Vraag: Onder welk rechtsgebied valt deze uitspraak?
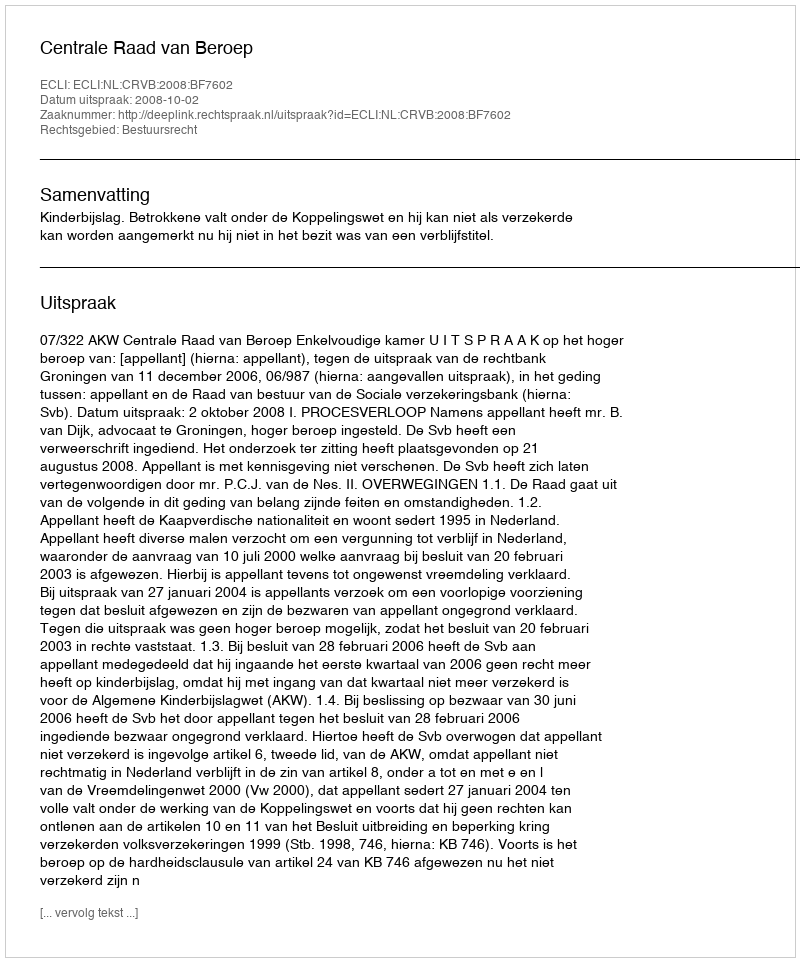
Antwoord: Bestuursrecht